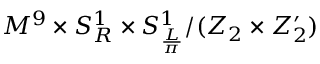
M ^ { 9 } \times S _ { R } ^ { 1 } \times S _ { \frac { L } { \pi } } ^ { 1 } / ( Z _ { 2 } \times Z _ { 2 } ^ { \prime } )